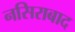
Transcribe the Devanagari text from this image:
नसिराबाद